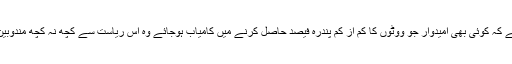
جس کا مطلب ہے کہ کوئی بھی امیدوار جو ووٹوں کا کم از کم پندرہ فیصد حاصل کرنے میں کامیاب ہوجائے وہ اس ریاست سے کچھ نہ کچھ مندوبین جیت سکتا ہے۔